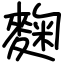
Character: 麴